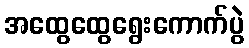
အထွေထွေရွေးကောက်ပွဲ